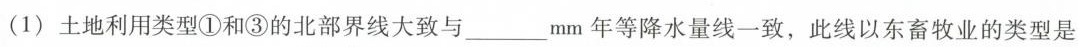
(1) 土地利用类型①和③的北部界线大致与 ___ mm年等降水量线一致，此线以东畜牧业的类型是